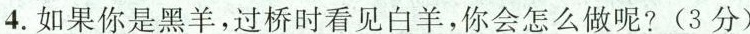
4.如果你是黑羊，过桥时看见白羊，你会怎么做呢？(3分)